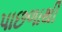
પાછળાથી